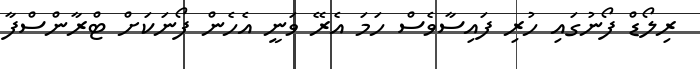
ރިލޯޑް ފޯނުގައި ހުރި ފައިސާވެސް ހަމަ އެރޭ ވަނީ އެހެން ފޯނަކަށް ޓްރާންސްފާ